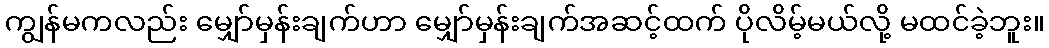
ကျွန်မကလည်း မျှော်မှန်းချက်ဟာ မျှော်မှန်းချက်အဆင့်ထက် ပိုလိမ့်မယ်လို့ မထင်ခဲ့ဘူး။